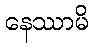
နေဿာမိ